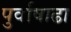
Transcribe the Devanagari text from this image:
पुर्वाषाढा